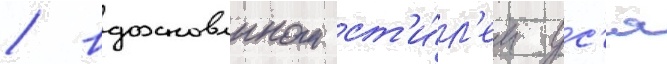
/ вдохновлнном ст'и́л'ем ус'я